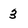
Character: 3